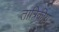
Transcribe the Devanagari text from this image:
तात्रिकीय